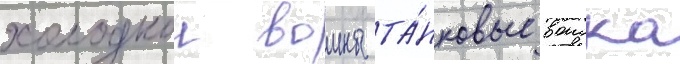
холоднои воины та́нковые воиска